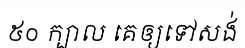
៥០ ក្បាល គេឲ្យទៅសង់